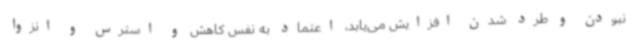
نبودن و طرد شدن افزایش می‌یابد، اعتماد به نفس کاهش و استرس و انزوا